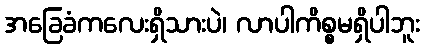
အခြေခံကလေးရှိသားပဲ၊ လာပါကိစ္စမရှိပါဘူး